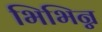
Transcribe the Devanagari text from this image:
भिभिन्न